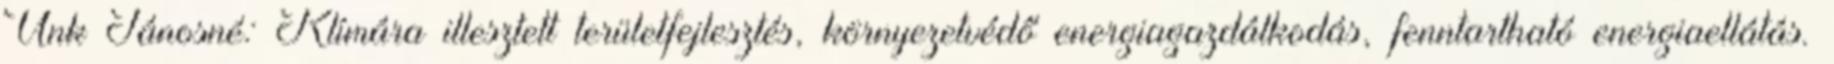
Unk Jánosné: Klímára illesztett területfejlesztés, környezetvédő energiagazdálkodás, fenntartható energiaellátás.